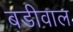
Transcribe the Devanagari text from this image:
बडीवाल